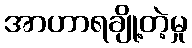
အာဟာရချို့တဲ့မှု